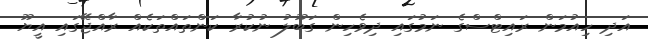
އަދި ހިއުމަން ރައިޓްސްގެ ނަމުގައި ދިވެހިން ގަބޫލު ނުކުރާ ކަންތައްތަކެއް ރާއްޖޭގައި އީޔޫ